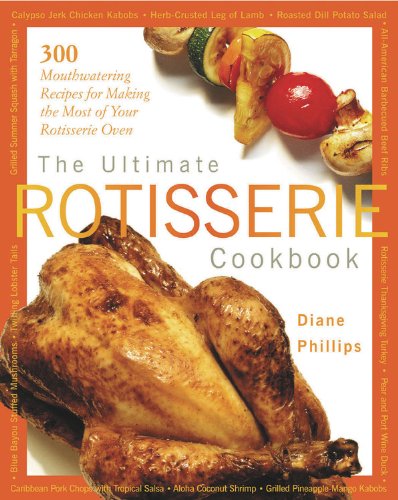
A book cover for The Ultimate Rotisserie Cookbook: 300 Mouthwatering Recipes for Making the Most of Your Rotisserie Oven (Non); Diane Phillips; Cookbooks, Food & Wine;